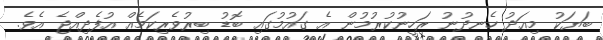
ބަޔަކު މިއަދު ހެނދުނު ރަހީނުކުރުމުން އެ ގައުމުގައި ބޮޑު ބިރުވެރިކަމެއް އުފެދިއްޖެ އެވެ.